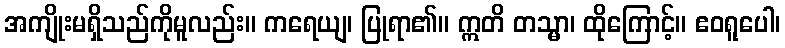
အကျိုးမရှိသည်ကိုမူလည်း။ ကရေယျ၊ ပြုရာ၏။ ဣတိ တသ္မာ၊ ထိုကြောင့်။ ဧဝရူပေါ၊